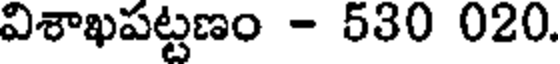
విశాఖపట్టణం - 530 020.